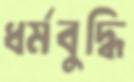
ধর্মবুদ্ধি